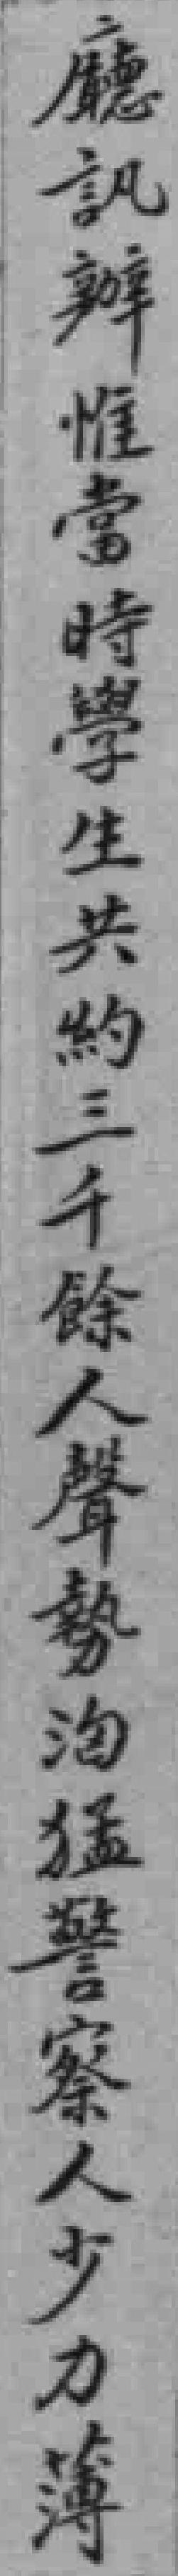
廳訊辦惟當時學生共約三千餘人聲勢洶猛警察人少力薄